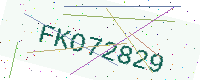
Text: FKO72829